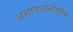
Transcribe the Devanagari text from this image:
असावधानीपूर्वक